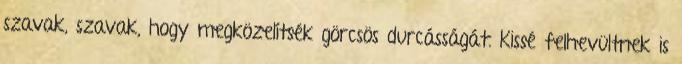
szavak, szavak, hogy megközelítsék görcsös durcásságát. Kissé felhevültnek is